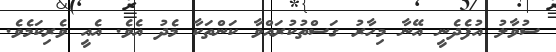
ސުވާލު އުފެދެނީ އޭނާ މިހާރު ގަސްތުކުރައްވާ ކަންތަކާ މެދު އެވެ. އެއީ ވެރިކަމެވެ.